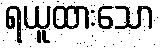
ရယူထားသော